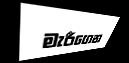
මැරීගෙන